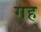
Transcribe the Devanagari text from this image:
गह